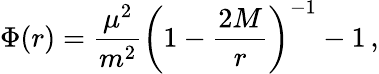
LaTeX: \Phi(r)=\frac{\mu^{2}}{m^{2}}\left(1-\frac{2M}{r}\right)^{-1}-1\, ,